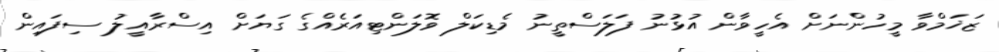
ޒަޚަމްވާ މީހުންނަށް އެހީވާން އުޅުނު ފަލަސްތީނު މެޑިކަލް ވޮލަންޓިއަރެއްގެ ގަޔަށް އިސްރާއީލު ސިފައިން